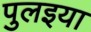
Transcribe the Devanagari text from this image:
पुलइया